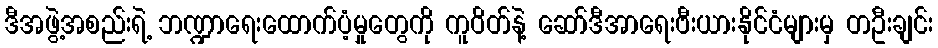
ဒီအဖွဲ့အစည်းရဲ့ ဘဏ္ဍာရေးထောက်ပံ့မှုတွေကို ကူဝိတ်နဲ့ ဆော်ဒီအာရေးဗီးယားနိုင်ငံများမှ တဦးချင်း